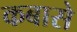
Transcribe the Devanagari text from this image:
कबासे